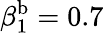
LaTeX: \beta_{1}^{\mathrm{b}}=0.7